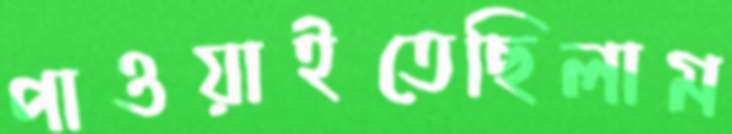
পাওয়াইতেছিলাম